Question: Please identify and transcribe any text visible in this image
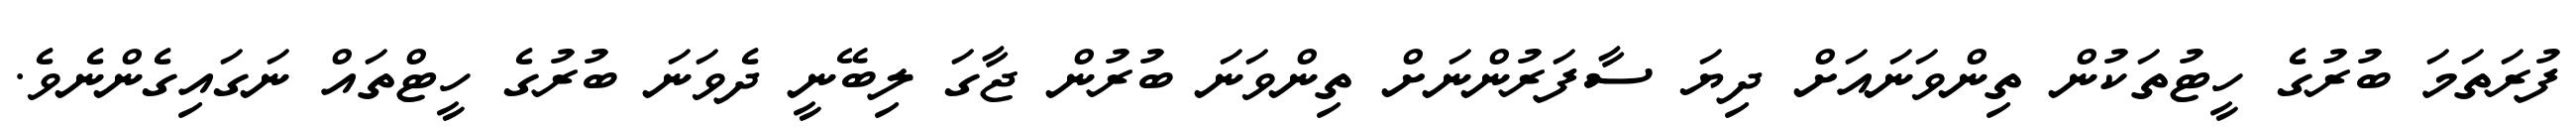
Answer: ފުރަތަމަ ބުރުގެ ހީޓުތަކުން ތިންވަނައަށް ދިޔަ ސާފަރުންނަށް ތިންވަނަ ބުރުން ޖާގަ ލިބޭނީ ދެވަނަ ބުރުގެ ހީޓްތައް ނަގައިގެންނެވެ.